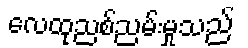
လေထုညစ်ညမ်းမှုသည်